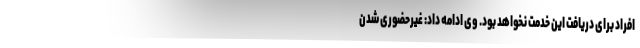
افراد برای دریافت این خدمت نخواهد بود. وی ادامه داد: غیرحضوری شدن